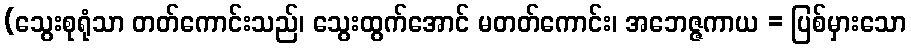
(သွေးစုရုံသာ တတ်ကောင်းသည်၊ သွေးထွက်အောင် မတတ်ကောင်း၊ အဘေဇ္ဇကာယ = ပြစ်မှားသော